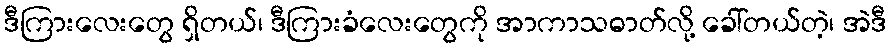
ဒီကြားလေးတွေ ရှိတယ်၊ ဒီကြားခံလေးတွေကို အာကာသဓာတ်လို့ ခေါ်တယ်တဲ့၊ အဲဒီ